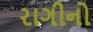
રાગીનો